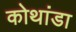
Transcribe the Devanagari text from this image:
कोथांडा